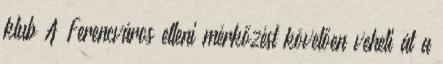
klub A Ferencváros elleni mérkőzést követően veheti át a